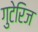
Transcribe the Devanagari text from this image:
गुटेरिज